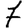
Digit: 7